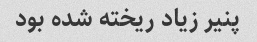
پنیر زیاد ریخته شده بود